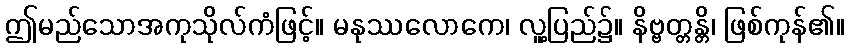
ဤမည်သောအကုသိုလ်ကံဖြင့်။ မနုဿလောကေ၊ လူ့ပြည်၌။ နိဗ္ဗတ္တန္တိ၊ ဖြစ်ကုန်၏။